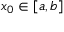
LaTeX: x _ { 0 } \in [ a , b ]